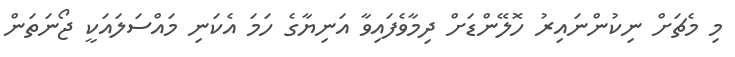
މި މެޗަށް ނިކުންނައިރު ހޮލޭންޑަށް ދިމާވެފައިވާ އަނިޔާގެ ހަމަ އެކަނި މައްސަލައަކީ ޖޯނަތަން